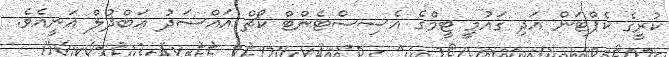
ކުރީގެ ކެޕްޓަން އަދި ގައުމީ ޓީމްގެ އެސިސްޓެންޓް ކޯޗް އައްސަދު ޢަބްދުލް ޣަނީއެވެ.